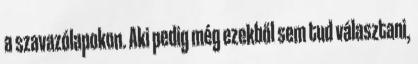
a szavazólapokon. Aki pedig még ezekből sem tud választani,